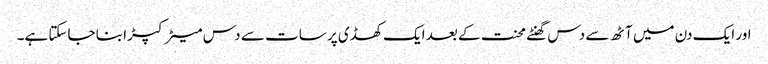
اور ایک دن میں آٹھ سے دس گھنٹے محنت کے بعد ایک کھڈی پر سات سے دس میٹر کپڑا بنا جاسکتا ہے۔